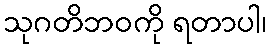
သုဂတိဘဝကို ရတာပါ၊